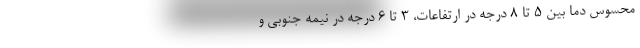
محسوس دما بین ۵ تا ۸ درجه در ارتفاعات، ۳ تا ۶ درجه در نیمه جنوبی و